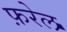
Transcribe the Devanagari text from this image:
फ़रेल